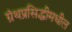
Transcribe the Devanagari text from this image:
ग्रंथप्रसिद्धीमधील